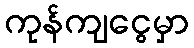
ကုန်ကျငွေမှာ